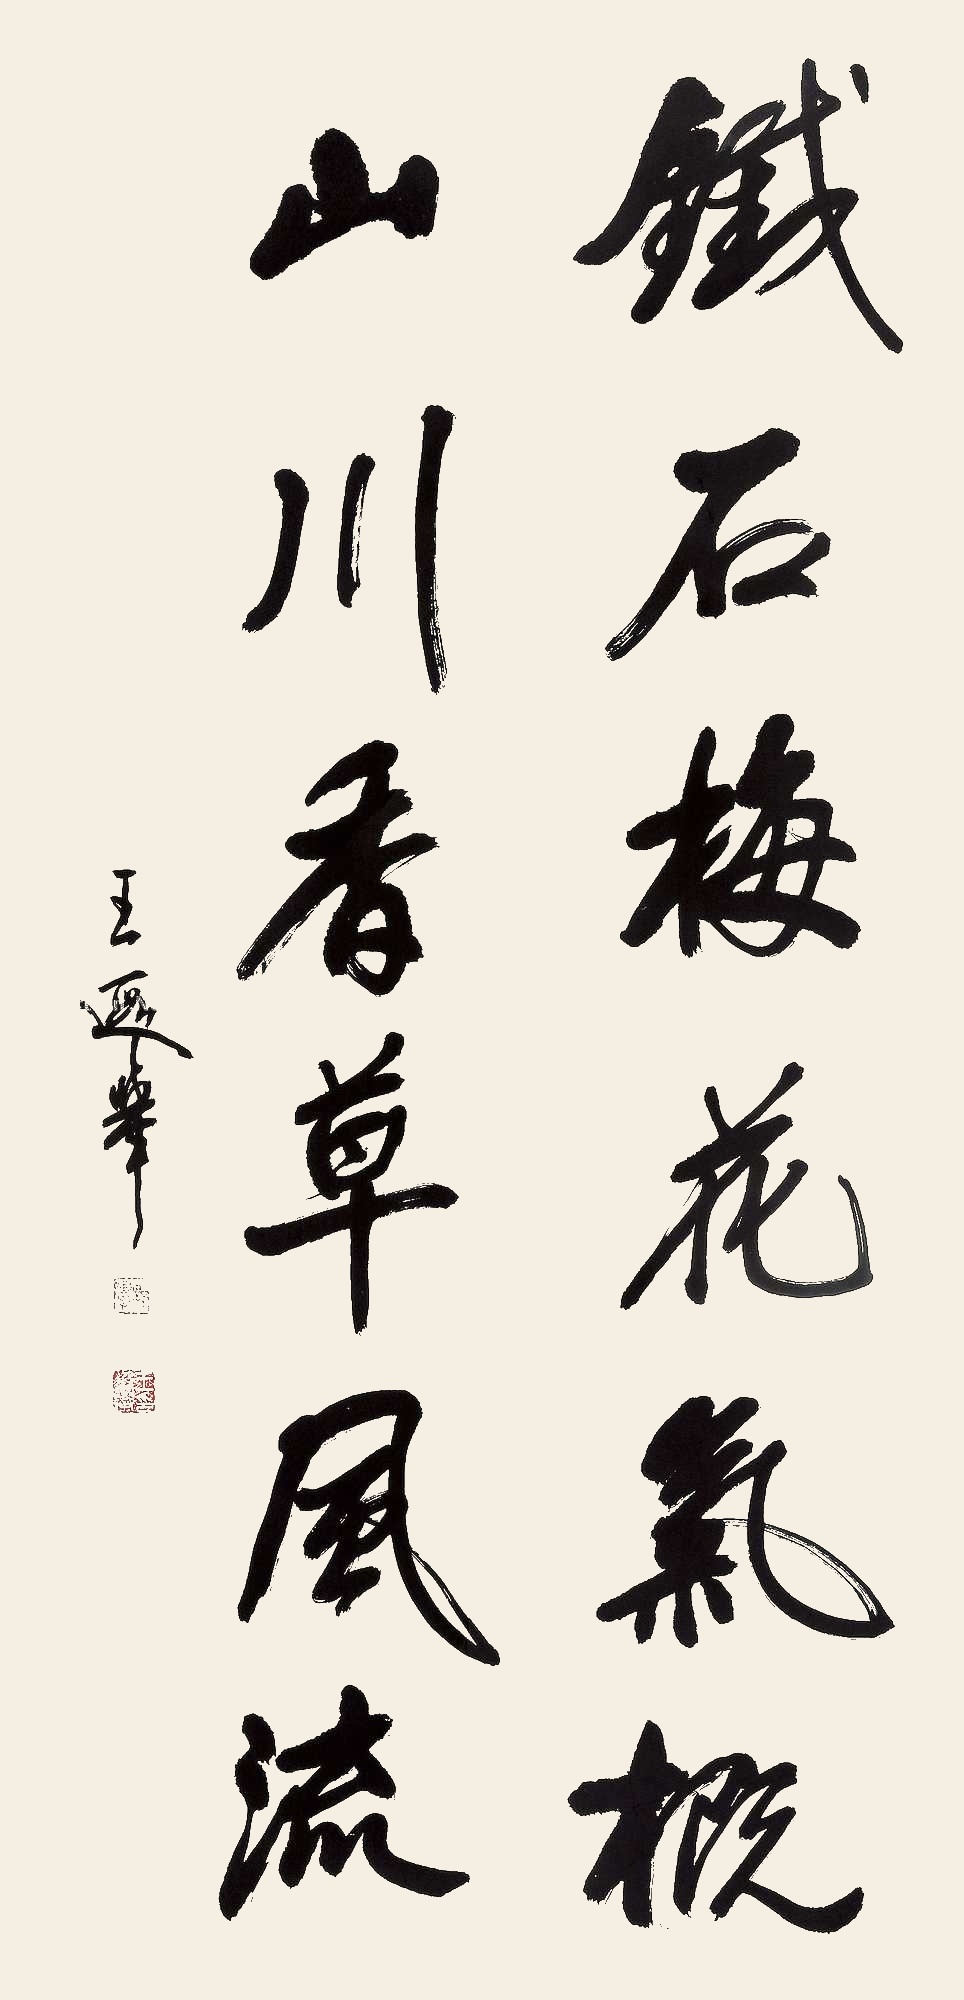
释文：铁石梅花气概，山川香草风流。王遐举。